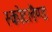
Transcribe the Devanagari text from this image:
स्कोटलैण्ड